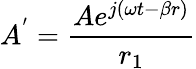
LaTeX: A^{'}={\frac{Ae^{j(\omega t-\beta r)}}{r_{1}}}